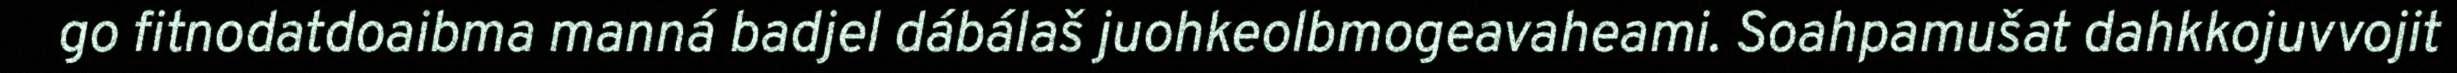
go fitnodatdoaibma manná badjel dábálaš juohkeolbmogeavaheami. Soahpamušat dahkkojuvvojit